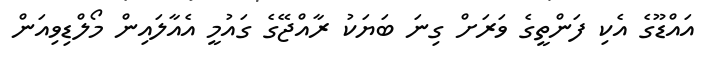
އައްޑޫގެ އެކި ފަންތީގެ ވަރަށް ގިނަ ބަޔަކު ރާއްޖޭގެ ގައުމީ އެއާލައިން މޯލްޑިވިއަން